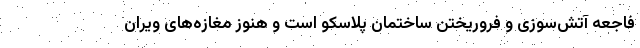
فاجعه آتش‌سوزی و فروریختن ساختمان پلاسکو است و هنوز مغازه‌های ویران